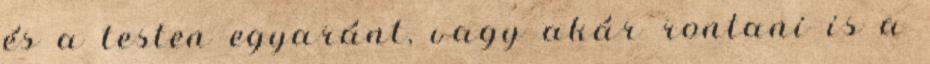
és a testen egyaránt, vagy akár rontani is a